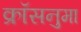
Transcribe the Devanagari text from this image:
क्रॉसनुमा